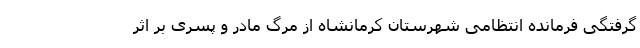
گرفتگی فرمانده انتظامی شهرستان کرمانشاه از مرگ مادر و پسری بر اثر